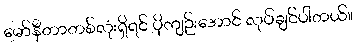
မော်နီတာတစ်လုံးရှိရင် ပိုကျဉ်းအောင် လုပ်ချင်ပါတယ်။